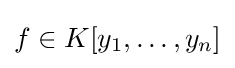
{\textstyle f\in K[y_{1},\ldots ,y_{n}]}